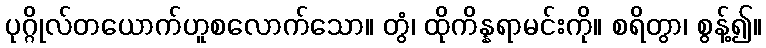
ပုဂ္ဂိုလ်တယောက်ဟူစလောက်သော။ တွံ၊ ထိုကိန္နရာမင်းကို။ စရိတွာ၊ စွန့်၍။